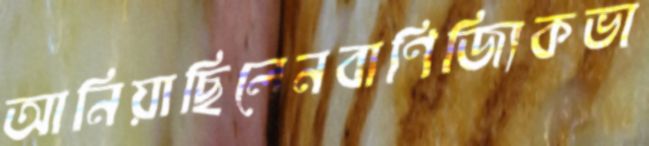
আনিয়াছিলেনবাণিজ্যিকভা